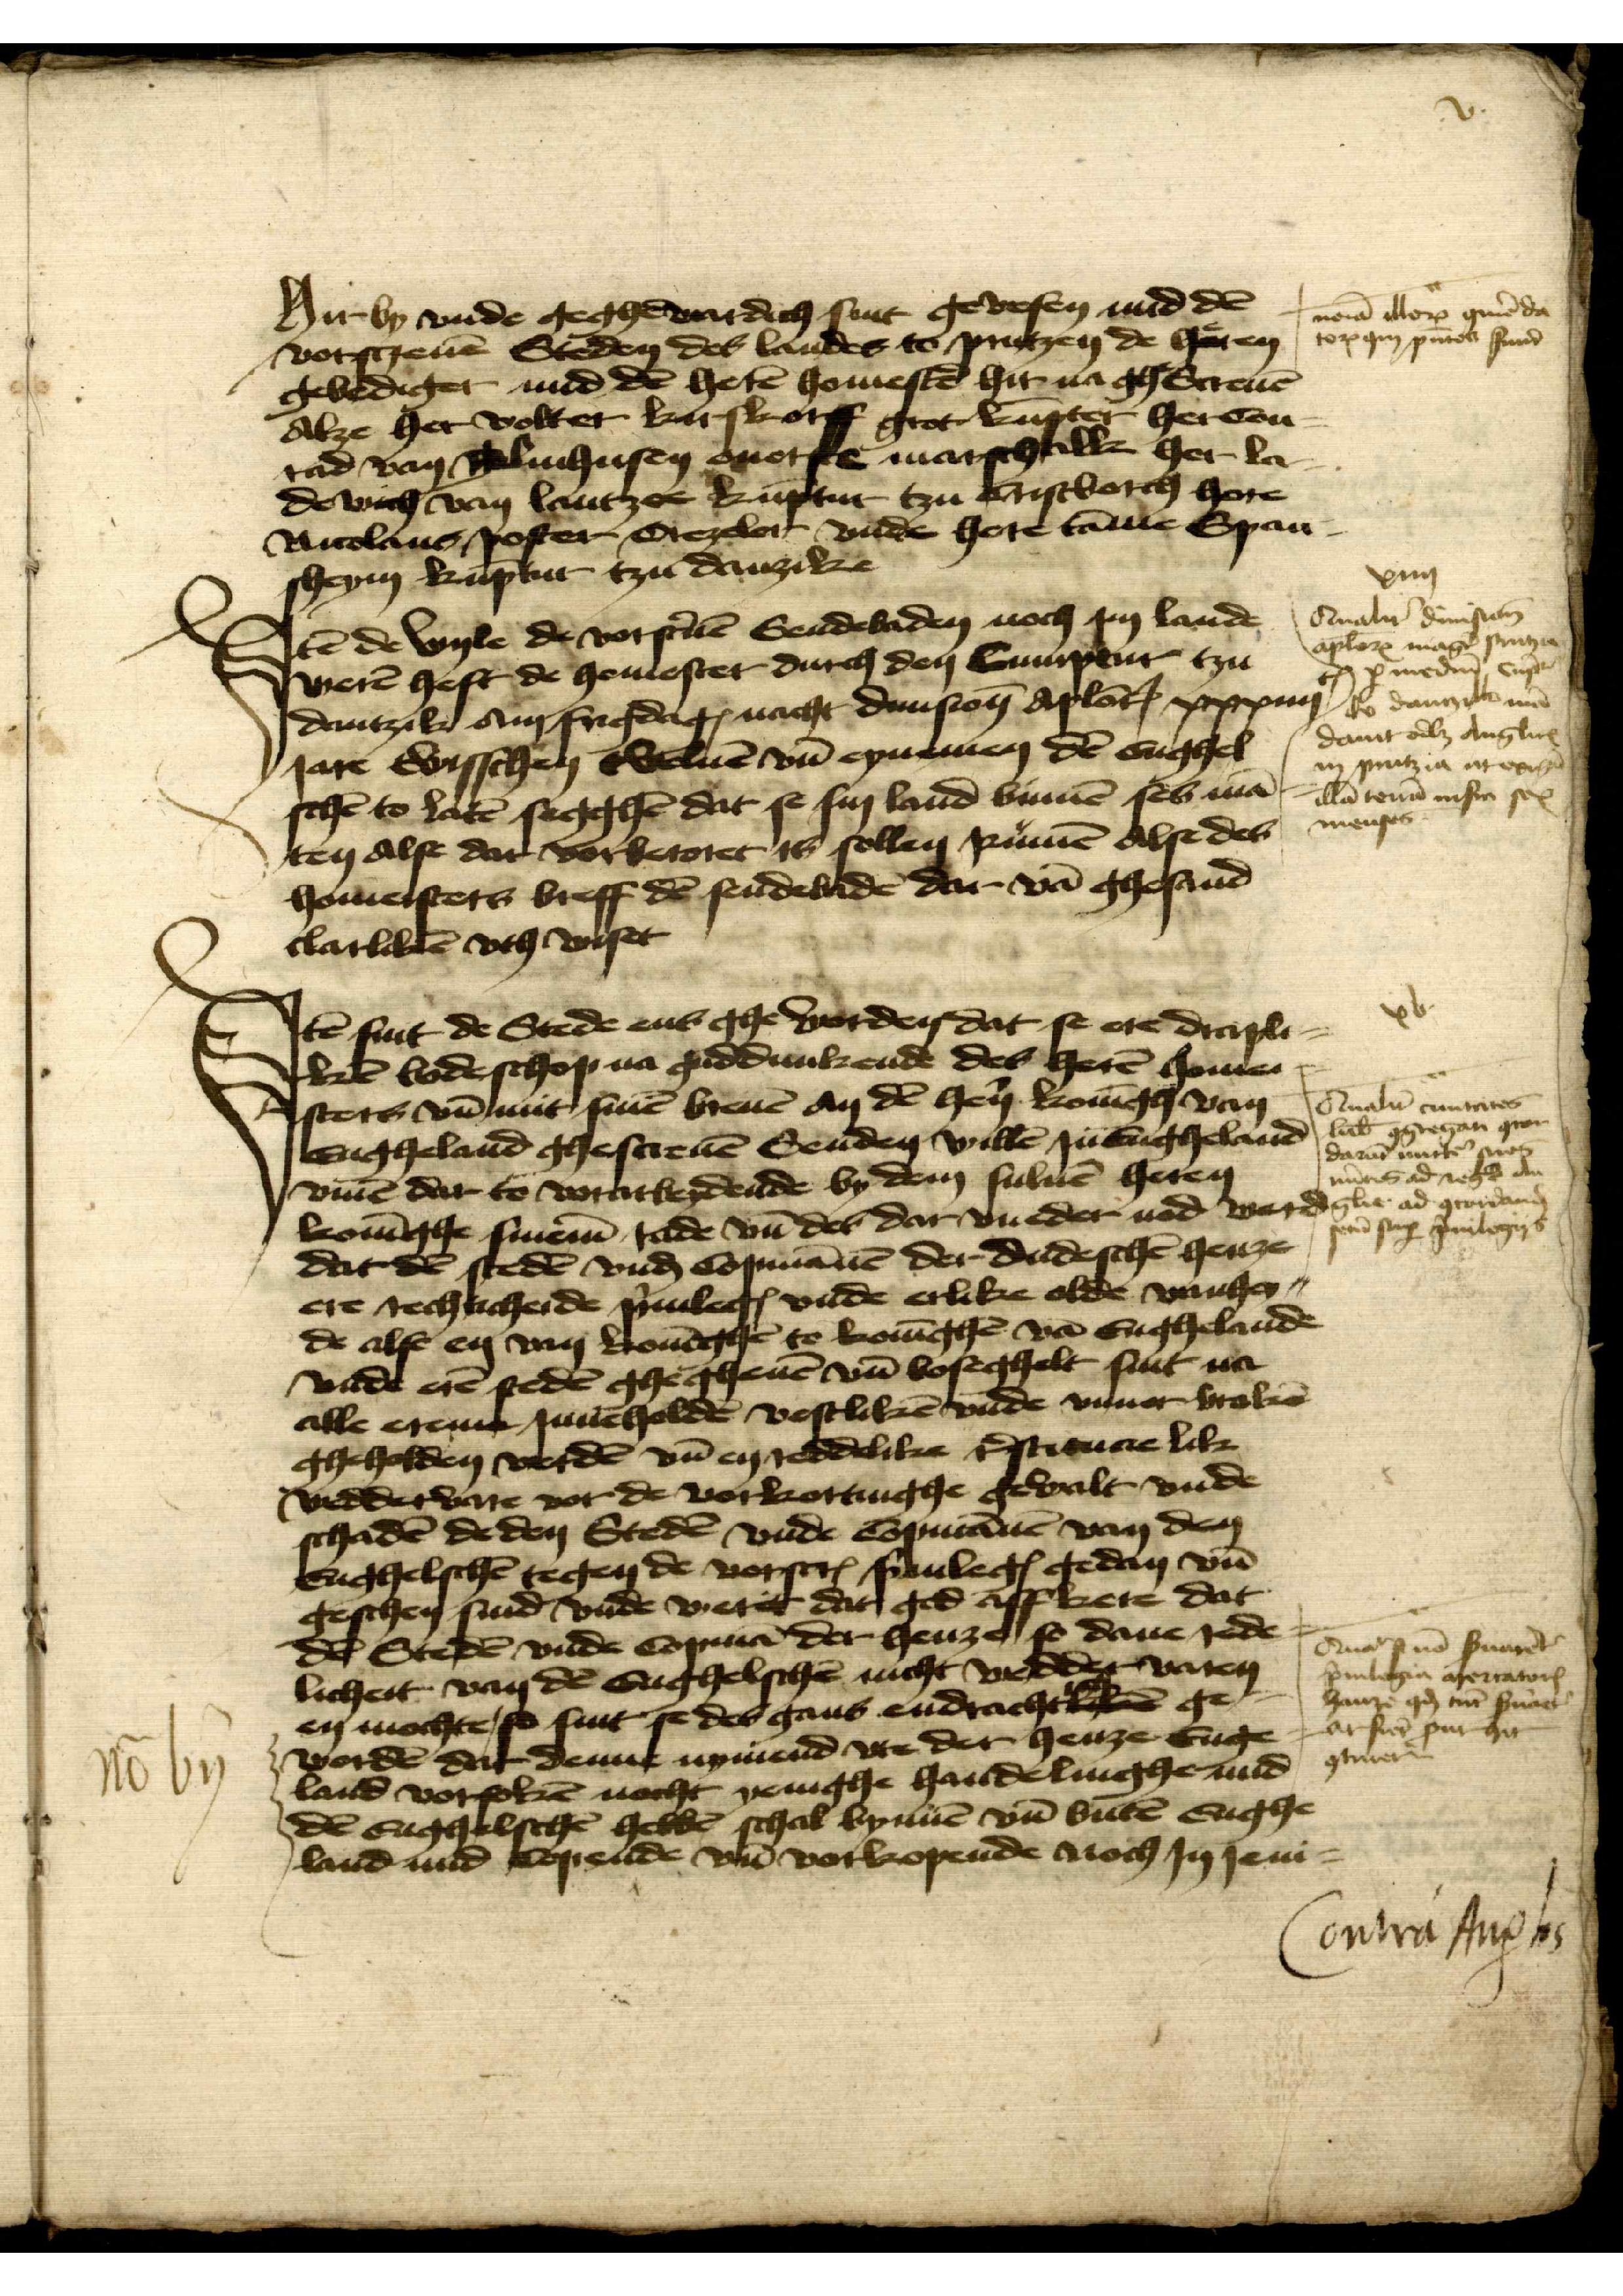
Hirby vnde geghenwardich sint gewesen mid den
vorscreuen Steden des landes to putzen de herren
gebediger mid den heren homester hir na gheScreuen
Alze her Wolter Kirskorff grot kumpter her Con¬
rad van Blinghusen ouerste marschalk her Lo¬
dowich van Lantzee kumpter tzu Cristborch hore
Nicolaus Poster Trezeler vnde here Tamme Span¬
sheym kumptur tzu Danzike

nman alloro gmede
toxiim ptot ffund

Jtem de wyle de vorsreuen Sendebaden noch Jm lande
weren heft de homester durch den Cumptur tzu
Dantzik am frigdages nacht diuisionis Apostolorum xxxiiij
Jare Bisschen okauen vnd eynemen den Enghel¬
schen to laten segghen dat se sin land binnen ses man¬
ten alse dat vorberoret Js sollen Rumen Alse des
homeisters breff den sendebaden dar van ghesand
clarliken vth viset

xiiij
Aualuen Bunseen
Cplors magen sruti
tp p medem Snpe
wo danzck me
damt od Anglin
vn serat e ar etige
illan teman euf se
menscs

Jtem sint de Stede ens gheworden dat se ere drapli¬
ken bodeschop na guddunkende des heren homei¬
sters vnd mit sinen breuen an den hern Koningh van
Engheland ghescreuen Senden willen Jn Engheland
vmme dar to vorarbeydende by dem suluen heren
kouinghe sinem sade vnd des dar vueder nod werd
dat den steden vnd Copmannen der dudeschen henze
ere rechticheide priuilegia vnde erlike olde wanhei¬
de alse en van koninghen to koninghen van Enghelande
vnde ere steden ghegheuen vnd voseghelt sint na
alle ereme Jnneholden vestliken vnde vnuer broken
gheholden werden vnd en reddelike restitucie lik
weddervare vor de vorkortinghe gewalt vnde
schaden de den Steden vnde Copmannen van den
Enghelschen tegen de vorscreuen priuilegia gedan vnd
geschen sind vnde weret dat god affkere dat
den Steden vnde Copman der henze so dane rede¬
licheit van den Enghelschen nicht wedder varen
en mochte, so sint se des gans endrachtliken ge¬
worden dat denne nymend vte der henze Enge¬
land vorsoken nocht yenighe handelinghe mid
den Enghelschen hebben schal bynnen vnd buten Enghe¬
land mid copende vnd vorkopende noch Jn Jeni¬

Quaa tmaes
Lubeke ggregan In
darmen mutte nop
nunres ad re
ghe ad qcordanen
vern sgen priuilegid

Smaa mon fruer
priulegia mertatorf
hanze gh man suaet
arfier put git
gtiuer

Cowrafuds